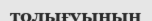
толығуының